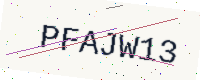
Text: PFAJW13